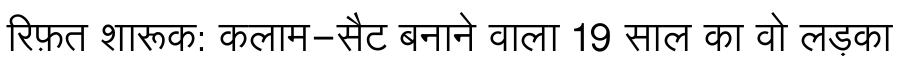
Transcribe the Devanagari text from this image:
रिफ़त शारूक: कलाम-सैट बनाने वाला 19 साल का वो लड़का